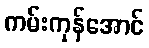
ကမ်းကုန်အောင်